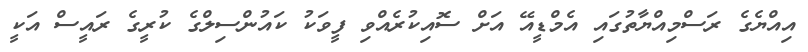
އިއްޔެގެ ރަސްމިއްޔާތުގައި އެމްޑީއޭ އަށް ސޮއިކުރެއްވި ފީވަކު ކައުންސިލްގެ ކުރީގެ ރައީސް އަކީ